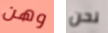
وهن نحن